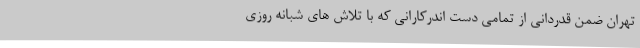
تهران ضمن قدردانی از تمامی دست اندرکارانی که با تلاش های شبانه روزی